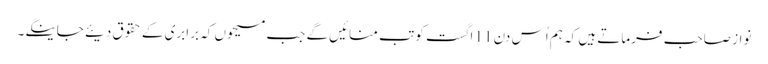
نواز صاحب فرماتے ہیں کہ ہم اُس دن 11 اگست کو تب منائیں گے جب مسیحوں کہ برابری کے حقوق دیئے جاینگے۔